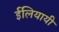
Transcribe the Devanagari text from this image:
ईलियायी